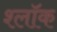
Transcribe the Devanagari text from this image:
श्लॉक